Ridala_vallavalitsus, lk 19
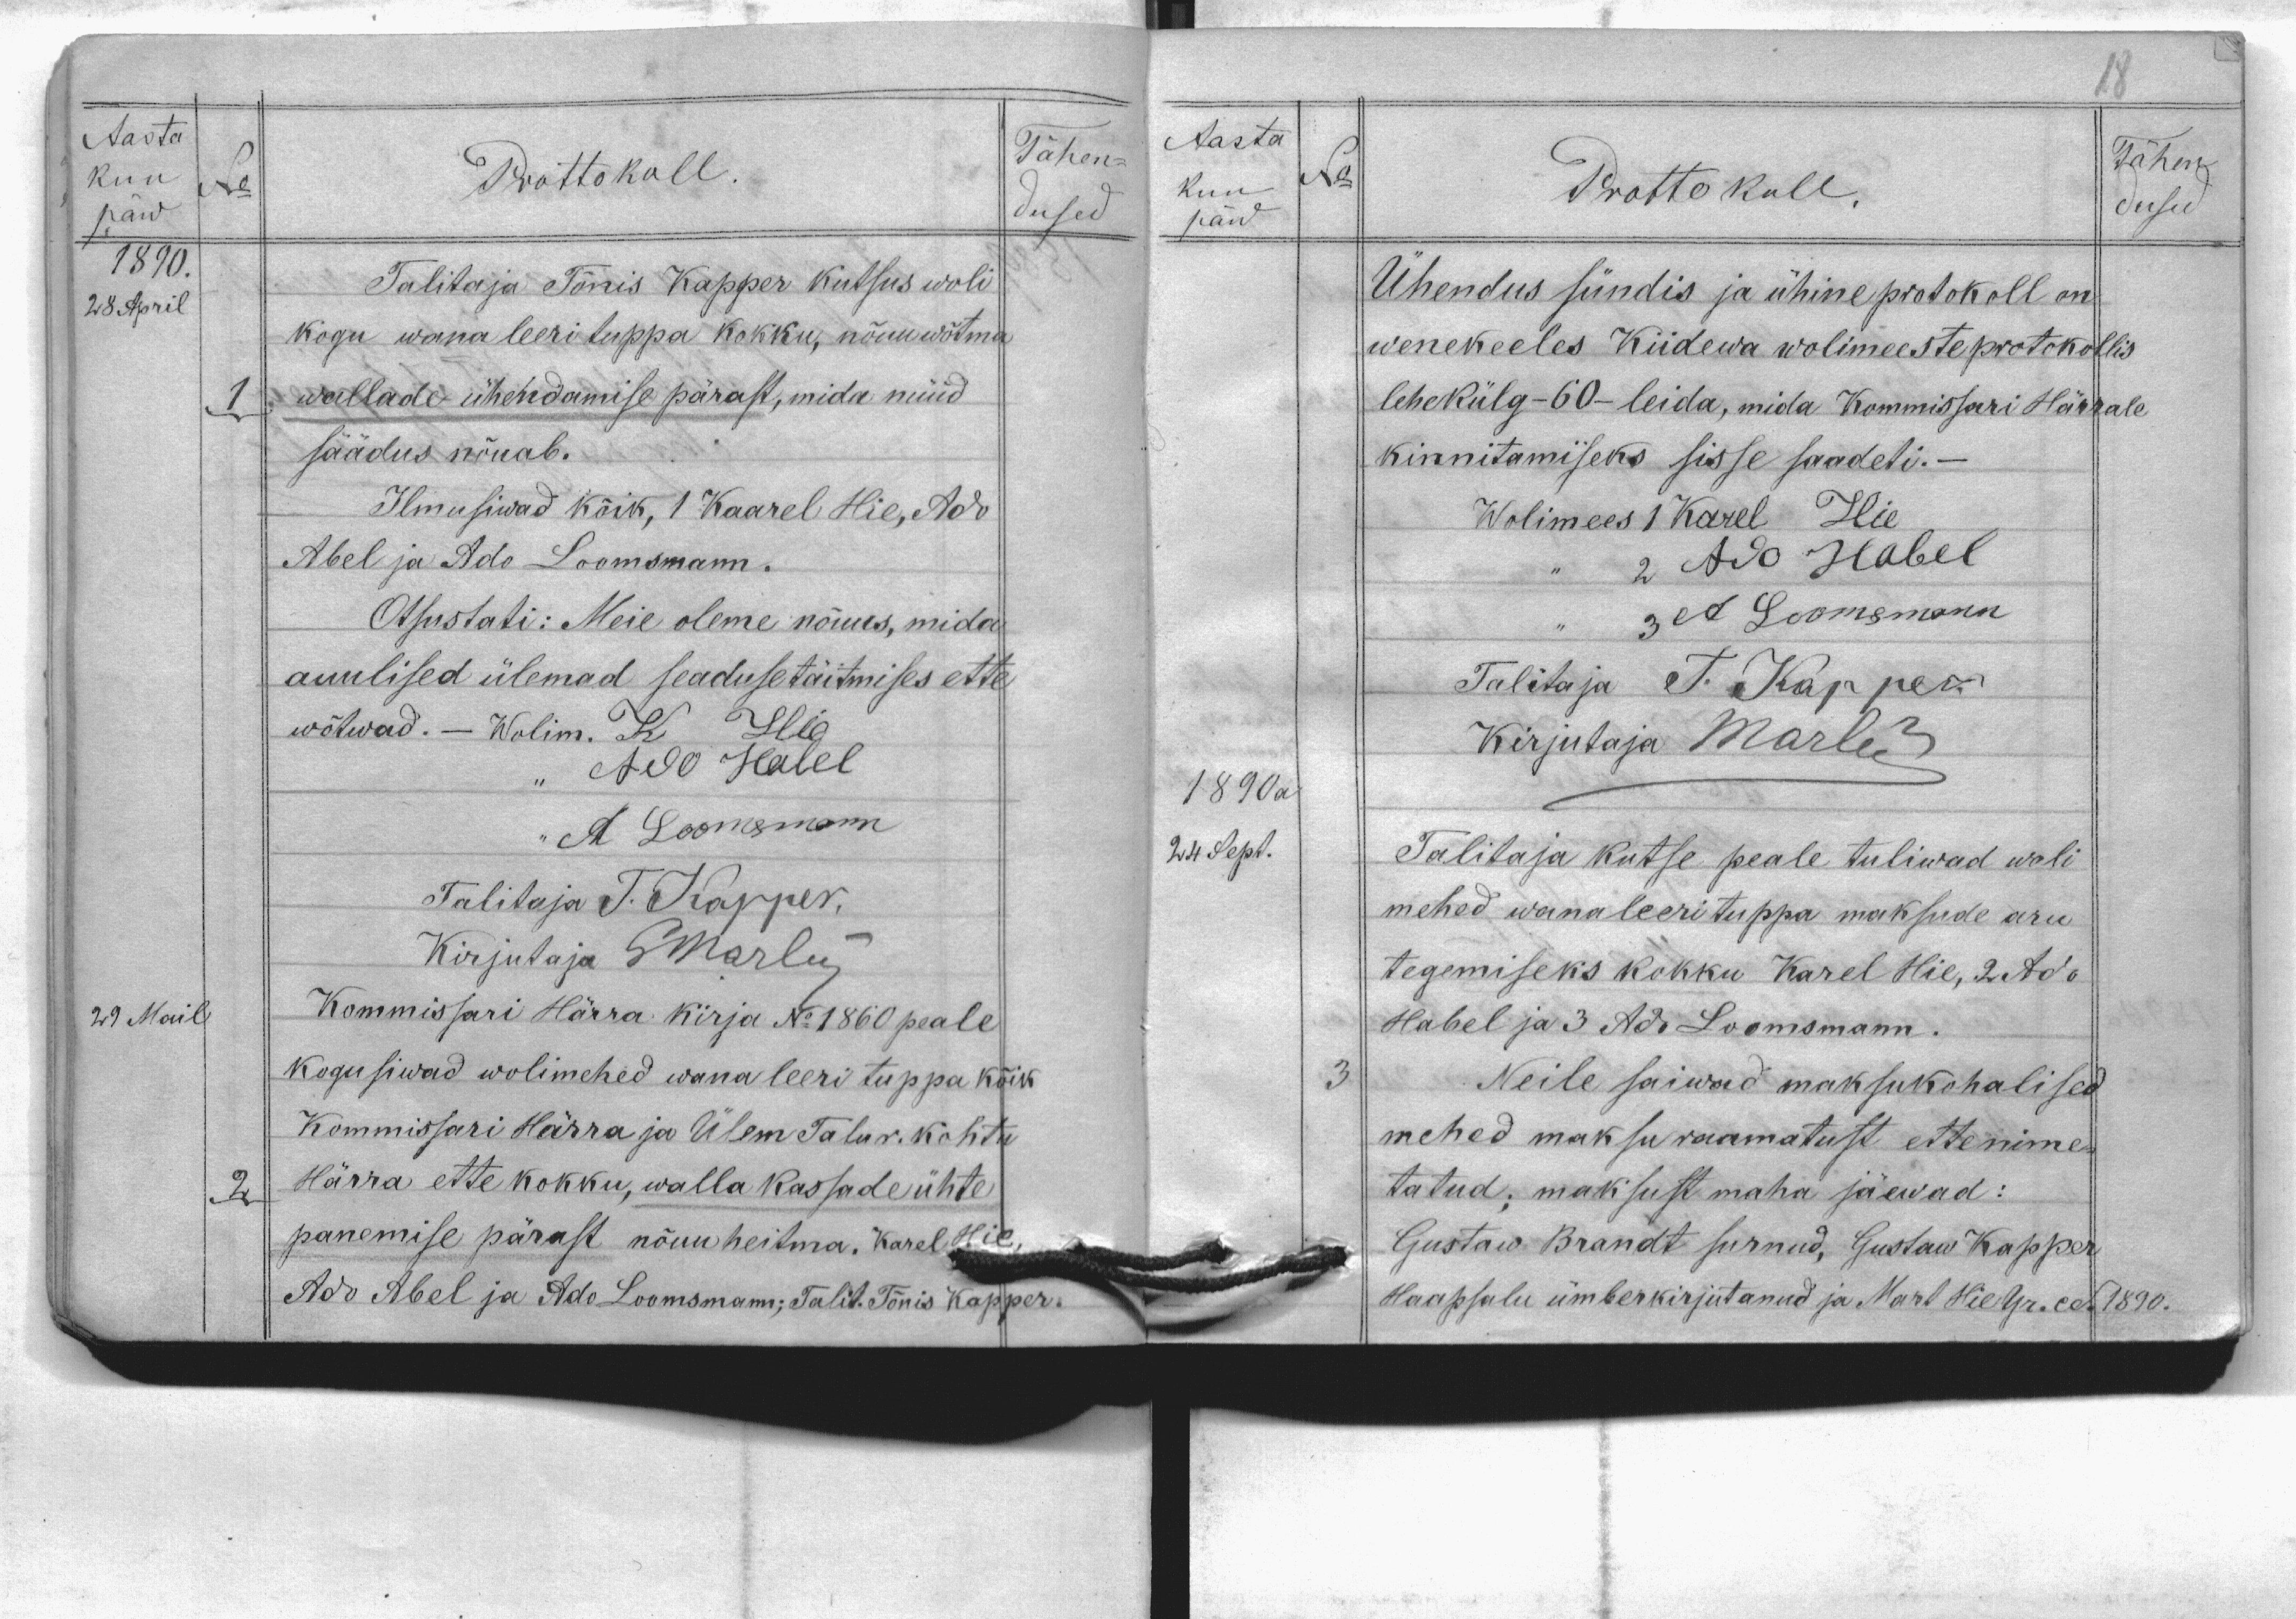
Aasta
kuu
No
päw
1890.
28 April
29 Mail
Prottokoll.
Talitaja Tõnis Kapper kutsus woli
kogu wana leeri tuppa kokku, nõuu wõrma
1 wallade ühendamise pärast, mida nüüd
säädus nõuab.
Ilmusiwad kõik, 1 Kaarel Hie, Ado
Abel ja Ado Loomsmann.
Otsustati: Meie oleme nõuus, mida
auulised üleman seaduse täitmises ette
wõtwad. - Wolim. K Hie
" Ado Habel
" A Loomsmann
Talitaja T: Kapper.
Kirjut GMarten
Kommissari Härra kirja No 1860 peale
kogusiwad wolimehed wana leeri tuppa kõik
kommissari Härra ja Ülem Talur. Kohtu
2 Härra ette kokku, walla kassade ühte
panemise pärast nõuu heitma. Karel Hie,
Ado Abel ha Ado Loomsmann; Talit. Tõnis Kapper.
Tähen-
dused

Aasta
kuu
päw
1890a
24 Sept.
No
Tähen
Prottokoll.
dused
Ühendus sündis ja ühine protokoll on
wenekeeles Kiidewa wolimeeste protokollis
lehekülg -60- leida, mida Kommissari Härrale
kinnitamiseks sisse saadeti.-
Wolimes 1 Karel Hie
2 Ado Habel
3 A Loomsmann
Talitaja T. Kapper
Kirjutaja Marten
Talitaka kutse peale tuliwad woli
mehed wana leeri tuppa maksude aru
tegemiseks kokku Karel Hie, 2 Ado
Habel ja 3 Ado Loomsmann.
3 Neile saiwad maksukohalised
mehed maksuraamatust ettenime-
tatud; maksust maha jäewad:
Gustaw Brandt surnud, Gustaw Kapper
Haapsalu ümberkirjutanud ja Mart Hie Уч. сд. 1890.